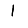
Digit: 1